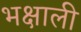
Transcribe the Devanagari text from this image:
भक्षाली